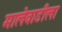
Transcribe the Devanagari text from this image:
मालेवाडीला